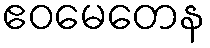
ဧဝမေတေန